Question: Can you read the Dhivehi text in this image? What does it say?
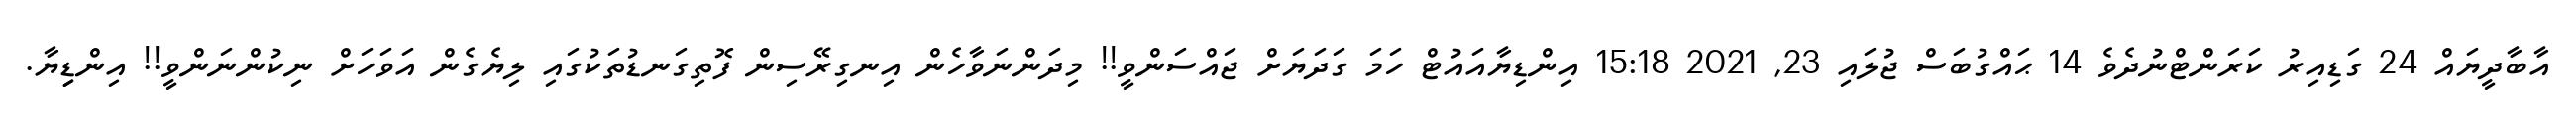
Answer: އާބާދީޔައް 24 ގަޑިއިރު ކަރަންޓްނުދެވެ 14 ޙައްގުބަސް ޖުލައި 23, 2021 15:18 އިންޑިޔާއައުޓް ހަމަ ގަދަޔަށް ޖައްސަންވީ!! މިދަންނަވާހެން އިނގިރޭސިން ފޮތިގަނޑުތަކުގައި ލިޔެގެން އަވަހަށް ނިކުންނަންވީ!! އިންޑިިޔާ.